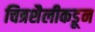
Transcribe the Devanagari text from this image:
चित्रशैलीकडून